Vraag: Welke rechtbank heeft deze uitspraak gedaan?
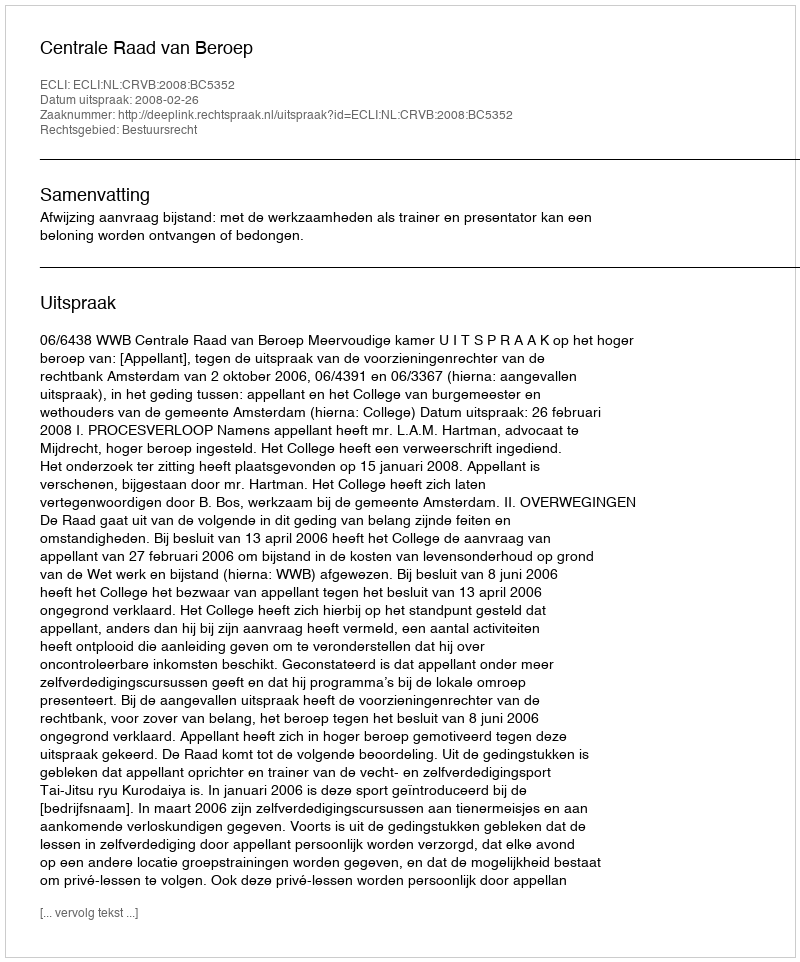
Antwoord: Centrale Raad van Beroep